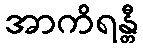
အာကိရန္တီ